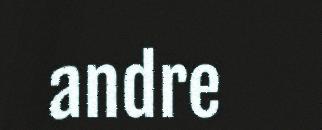
andre